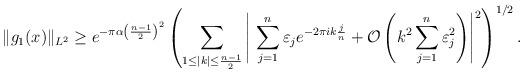
LaTeX: \begin{align*} \|g_1(x)\|_{L^2} &\geq e^{-\pi \alpha \left( \frac{n-1}{2} \right)^2}\left( \sum_{1 \leq |k| \leq \frac{n-1}{2}} \left| \ \sum_{j=1}^{n} \varepsilon_j e^{-2 \pi i k \frac{j}{n} } + \mathcal{O}\left(k^2 \sum_{j=1}^{n} \varepsilon_j^2\right) \right|^2 \right)^{1/2}.\end{align*}